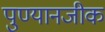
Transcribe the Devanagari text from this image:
पुण्यानजीक